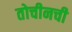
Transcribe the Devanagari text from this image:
तोचीनची